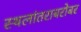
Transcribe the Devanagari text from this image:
स्थलांतराबरोबर